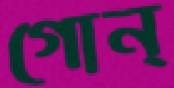
গোন্‌